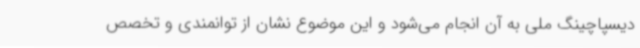
دیسپاچینگ ملی به آن انجام می‌شود و این موضوع نشان از توانمندی و تخصص